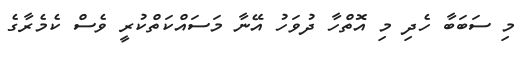
މި ސަބަބާ ހެދި މި އޮތްހާ ދުވަހު އޭނާ މަސައްކަތްކުރީ ވެސް ކެމެރާގެ